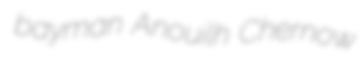
bayman Anouilh Chernow